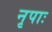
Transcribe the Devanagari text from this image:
नृपाः